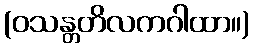
(ဝသန္တတိလကဂါထာ။)